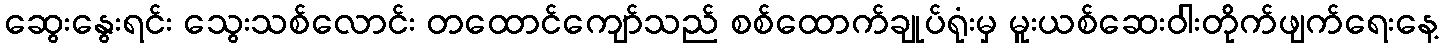
ဆွေးနွေးရင်း သွေးသစ်လောင်း တထောင်ကျော်သည် စစ်ထောက်ချုပ်ရုံးမှ မူးယစ်ဆေးဝါးတိုက်ဖျက်ရေးနေ့